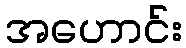
အဟောင်း